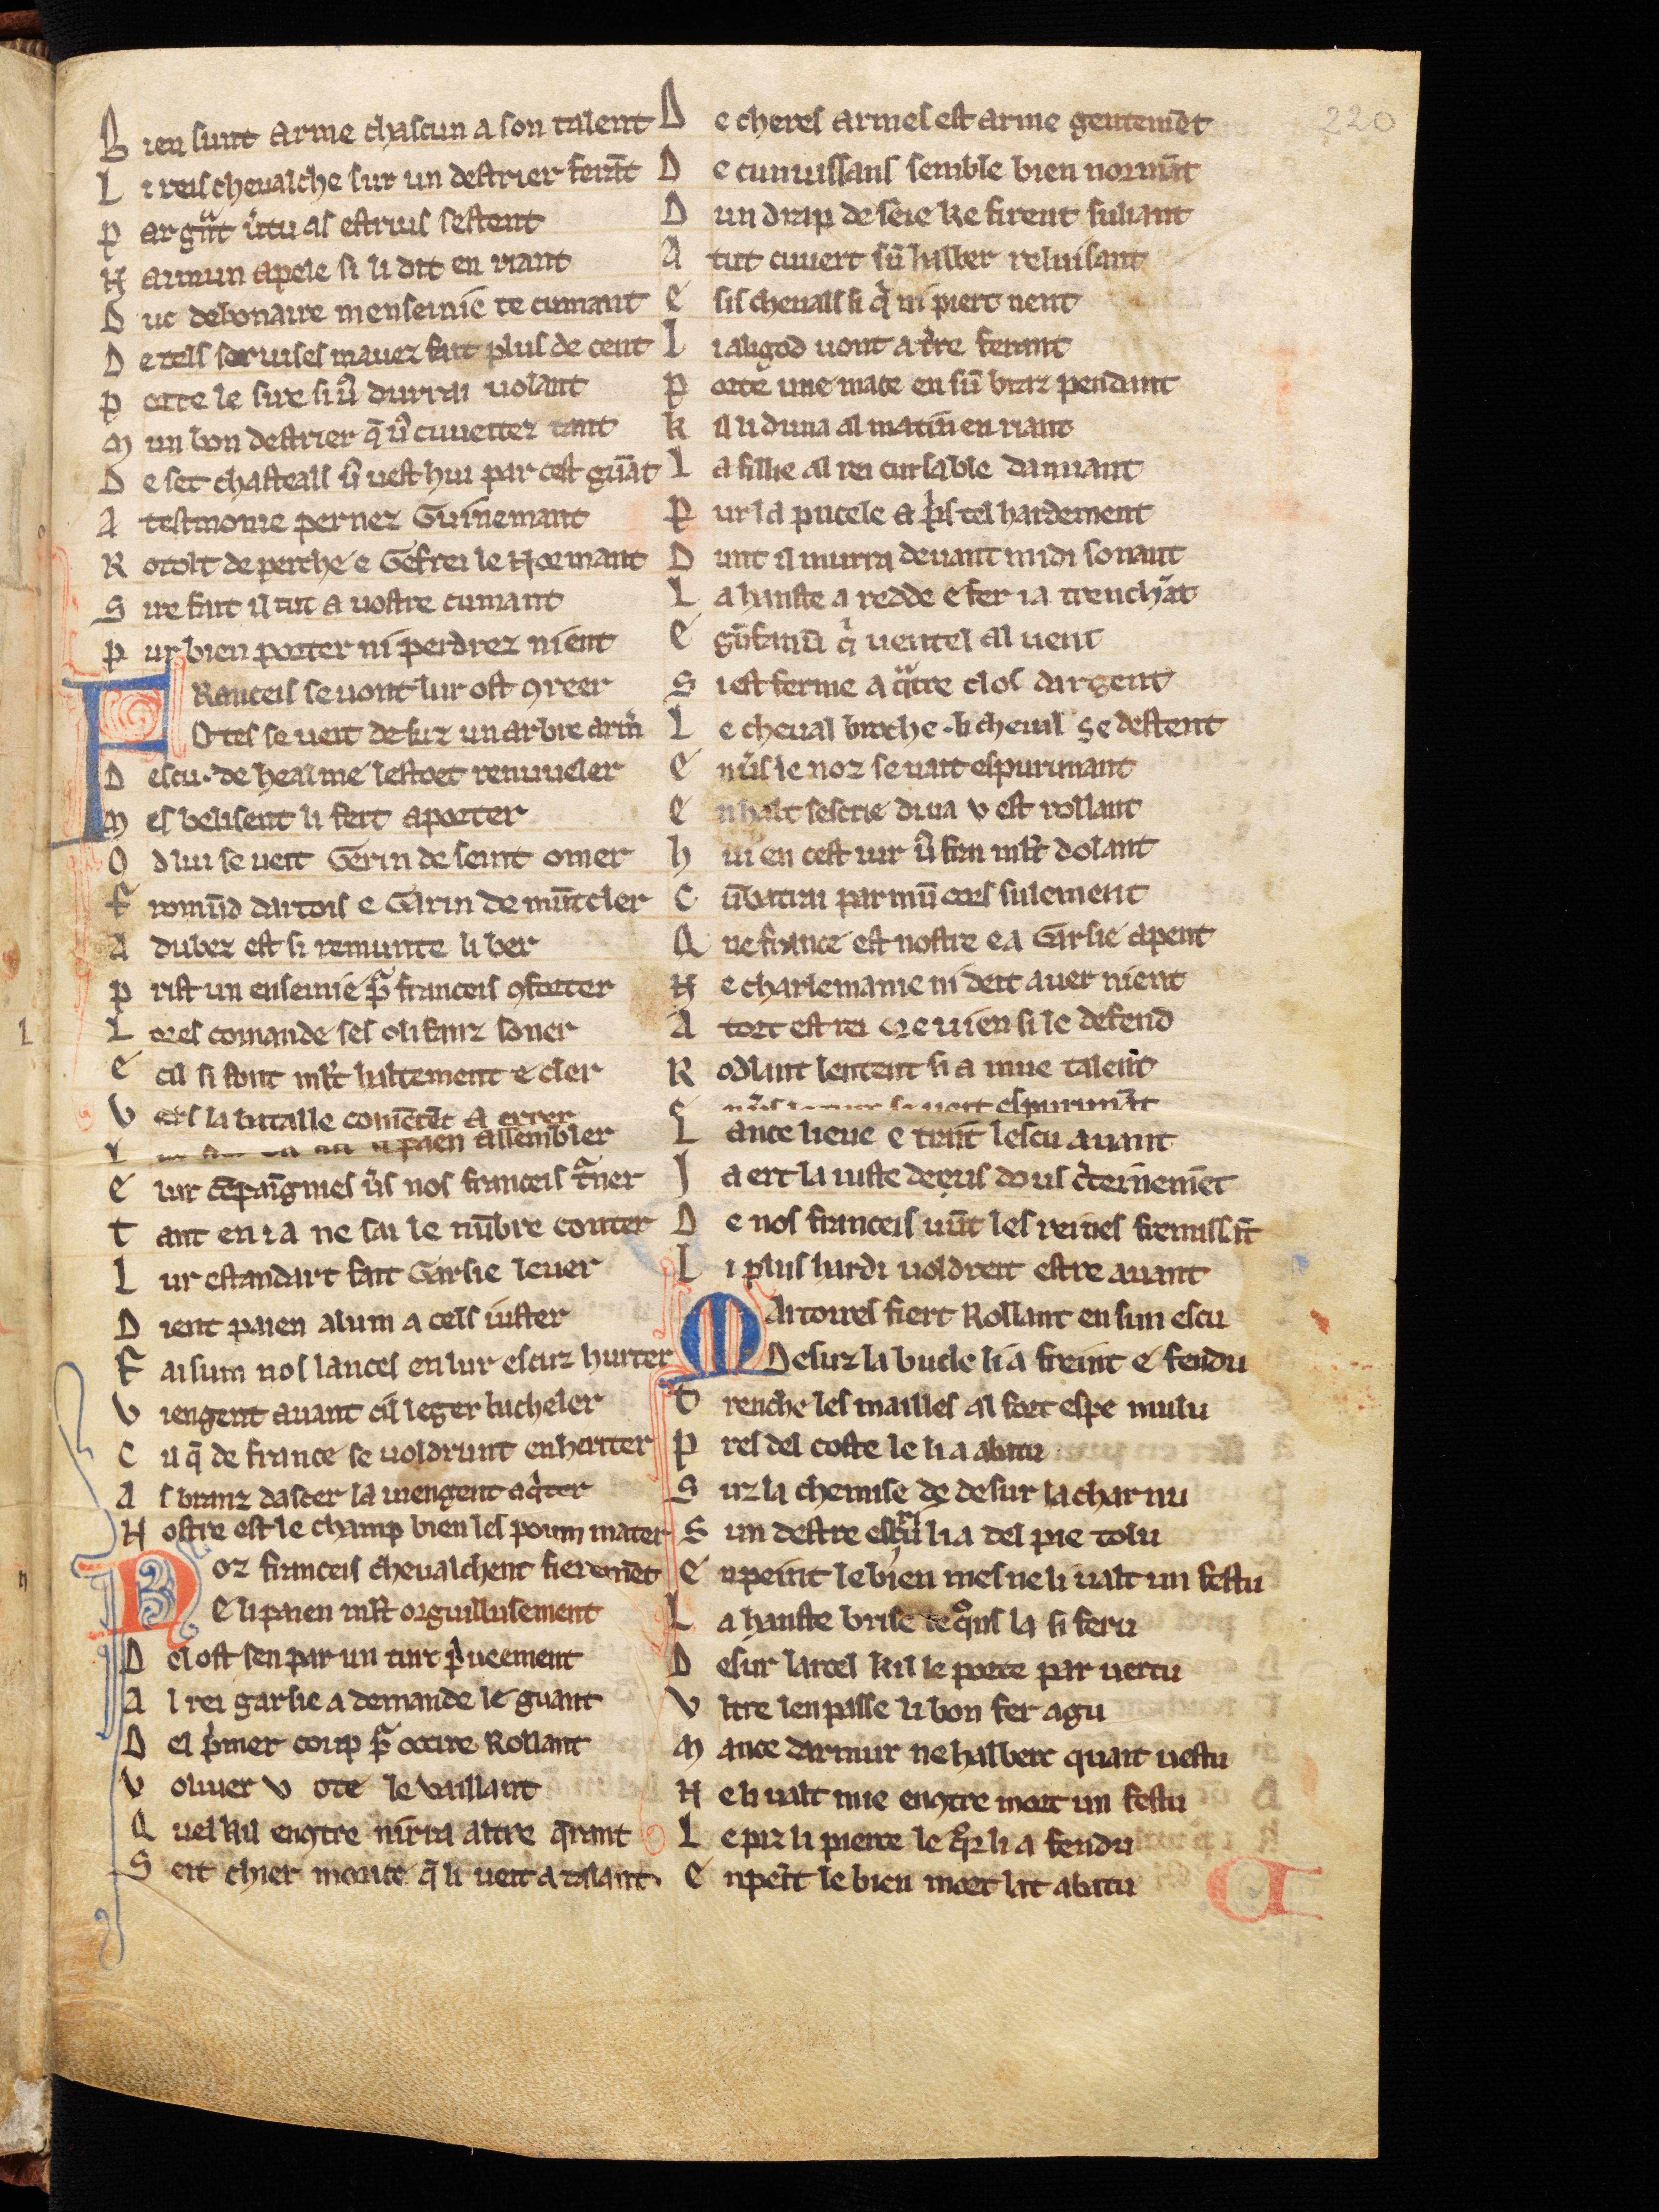
Shelfmark: Cologne, Bodmer, 168
Century: 13